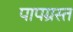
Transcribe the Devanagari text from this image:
पापग्रस्त